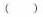
()